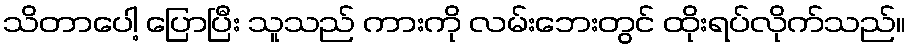
သိတာပေါ့ ပြောပြီး သူသည် ကားကို လမ်းဘေးတွင် ထိုးရပ်လိုက်သည်။